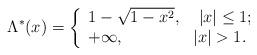
LaTeX: \begin{align*}\Lambda^{*}(x)=\left\{\begin{array}{ll}1-\sqrt{1-x^{2}}, & ~|x|\leq1;\\+\infty, & |x|>1.\\\end{array}\right.\end{align*}